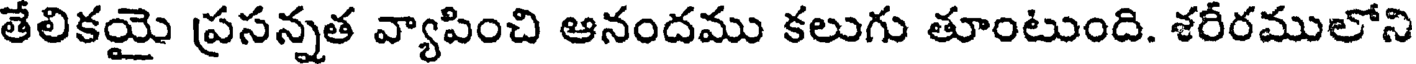
తేలికయై ప్రసన్నత వ్యాపించి ఆనందము కలుగు తూంటుంది. శరీరములోని